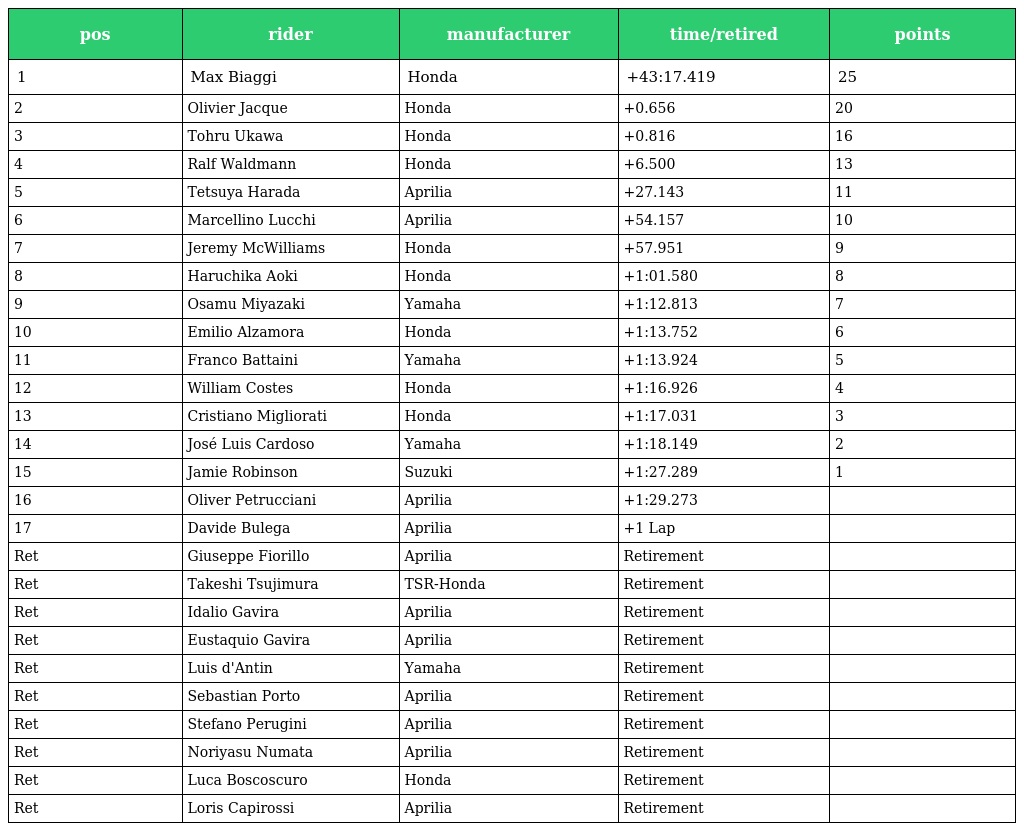
| pos | rider | manufacturer | time/retired | points |
 | --- | --- | --- | --- | --- |
 | 1 | Max Biaggi | Honda | +43:17.419 | 25 |
 | 2 | Olivier Jacque | Honda | +0.656 | 20 |
 | 3 | Tohru Ukawa | Honda | +0.816 | 16 |
 | 4 | Ralf Waldmann | Honda | +6.500 | 13 |
 | 5 | Tetsuya Harada | Aprilia | +27.143 | 11 |
 | 6 | Marcellino Lucchi | Aprilia | +54.157 | 10 |
 | 7 | Jeremy McWilliams | Honda | +57.951 | 9 |
 | 8 | Haruchika Aoki | Honda | +1:01.580 | 8 |
 | 9 | Osamu Miyazaki | Yamaha | +1:12.813 | 7 |
 | 10 | Emilio Alzamora | Honda | +1:13.752 | 6 |
 | 11 | Franco Battaini | Yamaha | +1:13.924 | 5 |
 | 12 | William Costes | Honda | +1:16.926 | 4 |
 | 13 | Cristiano Migliorati | Honda | +1:17.031 | 3 |
 | 14 | José Luis Cardoso | Yamaha | +1:18.149 | 2 |
 | 15 | Jamie Robinson | Suzuki | +1:27.289 | 1 |
 | 16 | Oliver Petrucciani | Aprilia | +1:29.273 |  |
 | 17 | Davide Bulega | Aprilia | +1 Lap |  |
 | Ret | Giuseppe Fiorillo | Aprilia | Retirement |  |
 | Ret | Takeshi Tsujimura | TSR-Honda | Retirement |  |
 | Ret | Idalio Gavira | Aprilia | Retirement |  |
 | Ret | Eustaquio Gavira | Aprilia | Retirement |  |
 | Ret | Luis d'Antin | Yamaha | Retirement |  |
 | Ret | Sebastian Porto | Aprilia | Retirement |  |
 | Ret | Stefano Perugini | Aprilia | Retirement |  |
 | Ret | Noriyasu Numata | Aprilia | Retirement |  |
 | Ret | Luca Boscoscuro | Honda | Retirement |  |
 | Ret | Loris Capirossi | Aprilia | Retirement |  |